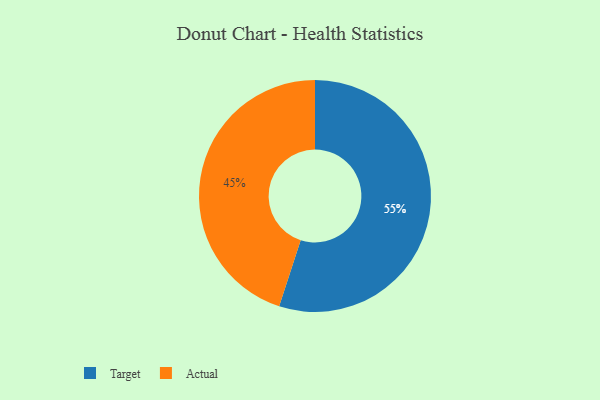
{"axis": {"x": "Category", "y": "Percentage"}, "legend": ["Actual", "Target"], "data": [{"x": "Target", "y": 55, "type": "Target"}, {"x": "Actual", "y": 45, "type": "Actual"}]}